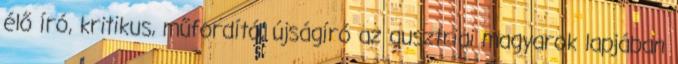
élő író, kritikus, műfordító, újságíró az ausztriai magyarok lapjában